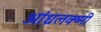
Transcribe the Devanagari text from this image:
आंध्रलक्ष्मी